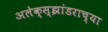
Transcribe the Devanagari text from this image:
अलेक्स्झांडराच्या